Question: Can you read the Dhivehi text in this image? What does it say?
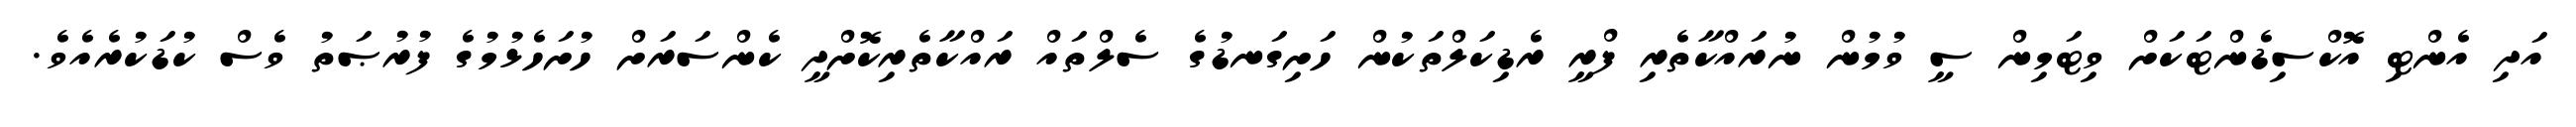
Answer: އަދި އެންޓި އޮކްސިޑެންޓަކަށް ވިޓަމިން ސީ ވުމުން ނުރައްކާތެރި ފްރީ ރެޑިކަލްތަކުން ހަށިގަނޑުގެ ސެލްތައް ރައްކާތެރިކޮށްދީ ކެންސަރަށް ހުށަހެޅުމުގެ ފުރުޞަތު ވެސް ކުޑަކުރެއެވެ.